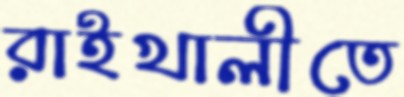
রাইখালীতে